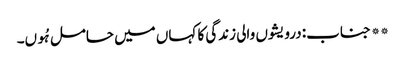
** جناب: درویشوں والی زندگی کا کہاں میں حامل ہُوں۔